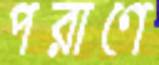
পরাণে